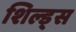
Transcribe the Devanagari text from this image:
शिल्ड्स